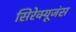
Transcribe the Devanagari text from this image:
सिरेक्यूजंस